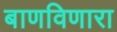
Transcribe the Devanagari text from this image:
बाणविणारा